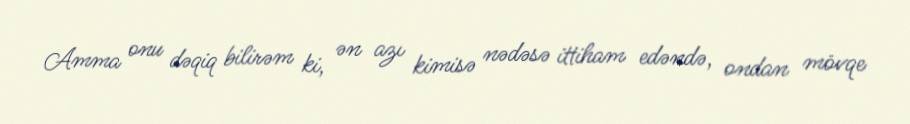
Amma onu dəqiq bilirəm ki, ən azı kimisə nədəsə ittiham edəndə, ondan mövqe